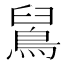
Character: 䳔